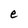
Character: e